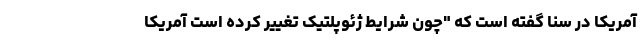
آمریکا در سنا گفته است که "چون شرایط ژئوپلتیک تغییر کرده است آمریکا